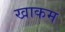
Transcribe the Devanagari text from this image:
खाकम